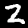
Digit: 2